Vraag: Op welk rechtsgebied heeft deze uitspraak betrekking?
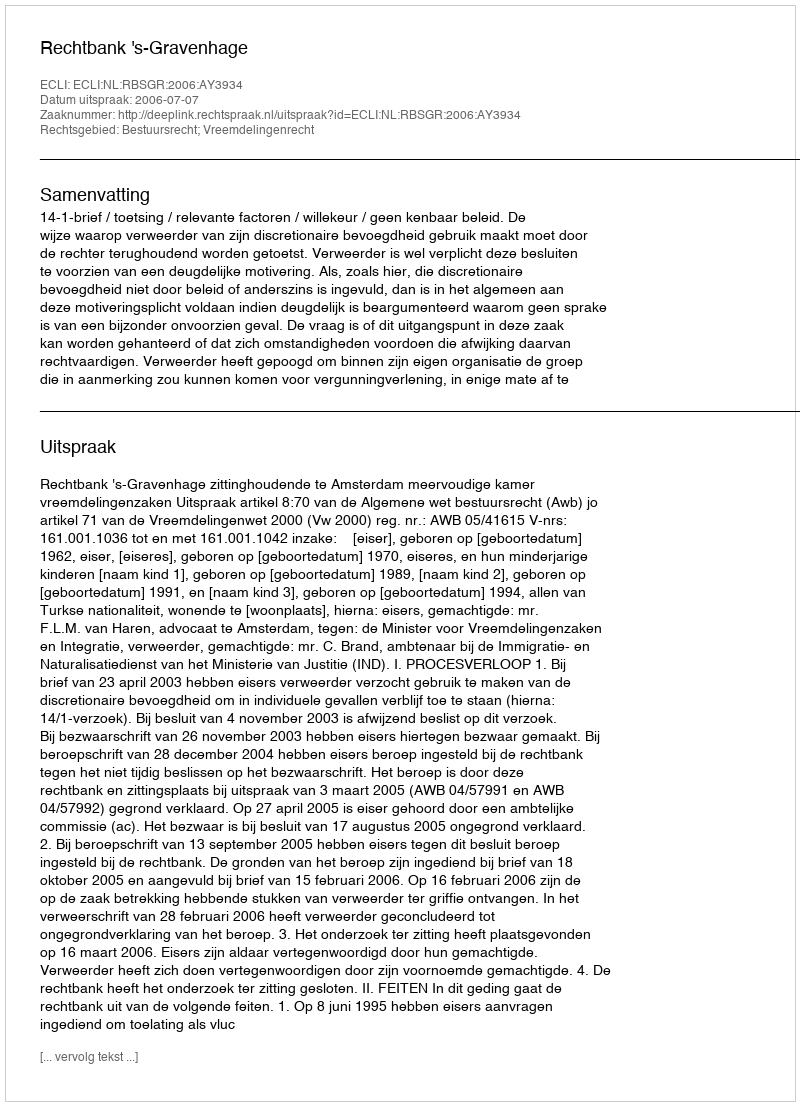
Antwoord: Bestuursrecht; Vreemdelingenrecht